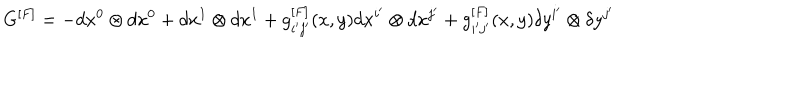
G ^ { [ F ] } = - d x ^ { 0 } \otimes d x ^ { 0 } + d x ^ { 1 } \otimes d x ^ { 1 } + g _ { i ^ { \prime } j ^ { \prime } } ^ { [ F ] } ( x , y ) d x ^ { i ^ { \prime } } \otimes d x ^ { j ^ { \prime } } + g _ { i ^ { \prime } j ^ { \prime } } ^ { [ F ] } ( x , y ) \delta y ^ { i ^ { \prime } } \otimes \delta y ^ { j ^ { \prime } }